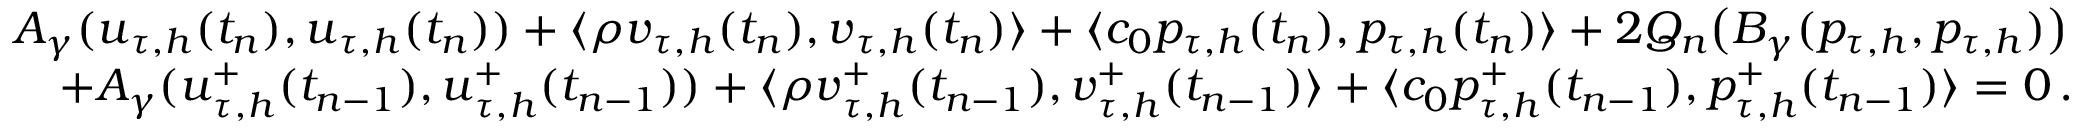
\begin{array} { r l } & { A _ { \gamma } ( \boldsymbol u _ { \tau , h } ( t _ { n } ) , \boldsymbol u _ { \tau , h } ( t _ { n } ) ) + \langle \rho \boldsymbol v _ { \tau , h } ( t _ { n } ) , \boldsymbol v _ { \tau , h } ( t _ { n } ) \rangle + \langle c _ { 0 } p _ { \tau , h } ( t _ { n } ) , p _ { \tau , h } ( t _ { n } ) \rangle + 2 Q _ { n } \big ( B _ { \gamma } ( p _ { \tau , h } , p _ { \tau , h } ) \big ) } \\ & { \quad + A _ { \gamma } ( \boldsymbol u _ { \tau , h } ^ { + } ( t _ { n - 1 } ) , \boldsymbol u _ { \tau , h } ^ { + } ( t _ { n - 1 } ) ) + \langle \rho \boldsymbol v _ { \tau , h } ^ { + } ( t _ { n - 1 } ) , \boldsymbol v _ { \tau , h } ^ { + } ( t _ { n - 1 } ) \rangle + \langle c _ { 0 } p _ { \tau , h } ^ { + } ( t _ { n - 1 } ) , p _ { \tau , h } ^ { + } ( t _ { n - 1 } ) \rangle = 0 \, . } \end{array}